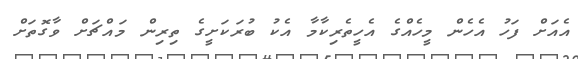
އެއަށް ފަހު އެހެން މީހެއްގެ އެހީތެރިކާމާ އެކު ބުރަކަށީގެ ތިރިން މައްޗަށް ވާގޮތަށް